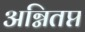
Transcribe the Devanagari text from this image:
अग्नितप्त